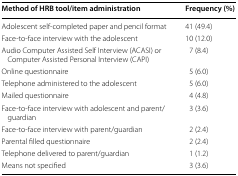
<table><thead><tr><td><b>Method of HRB tool/item administration</b></td><td><b>Frequency (%)</b></td></tr></thead><tbody><tr><td>Adolescent self-completed paper and pencil format</td><td>41 (49.4)</td></tr><tr><td>Face-to-face interview with the adolescent</td><td>10 (12.0)</td></tr><tr><td>Audio Computer Assisted Self Interview (ACASI) or Computer Assisted Personal Interview (CAPI)</td><td>7 (8.4)</td></tr><tr><td>Online questionnaire</td><td>5 (6.0)</td></tr><tr><td>Telephone administered to the adolescent</td><td>5 (6.0)</td></tr><tr><td>Mailed questionnaire</td><td>4 (4.8)</td></tr><tr><td>Face-to-face interview with adolescent and parent/guardian</td><td>3 (3.6)</td></tr><tr><td>Face-to-face interview with parent/guardian</td><td>2 (2.4)</td></tr><tr><td>Parental filled questionnaire</td><td>2 (2.4)</td></tr><tr><td>Telephone delivered to parent/guardian</td><td>1 (1.2)</td></tr><tr><td>Means not specified</td><td>3 (3.6)</td></tr></tbody></table>